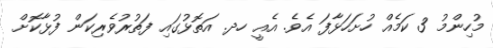
މުހިންމު 3 ކަމެއް ހުށަހަޅާފަ އެވެ. އެއީ ހދ. އަތޮޅުގައި ފަތުރުވެރިކަން ފުޅާކޮށް